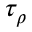
\tau _ { \rho }